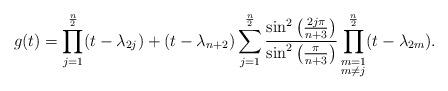
LaTeX: \begin{align*}g(t) = \prod_{\substack{j=1}}^{\frac{n}{2}} (t - \lambda_{2j}) + (t - \lambda_{n+2}) \sum_{j=1}^{\frac{n}{2}} \frac{\sin^{2} \left(\frac{2j\pi}{n + 3} \right)}{\sin^{2} \left(\frac{\pi}{n + 3} \right)} \prod_{\substack{m=1 \\ m \neq j}}^{\frac{n}{2}} (t - \lambda_{2m}).\end{align*}